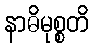
နာဓိမုစ္စတိ